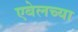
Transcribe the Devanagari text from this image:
एबेलच्या